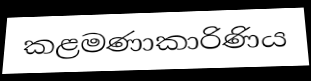
කළමණාකාරිණිය